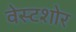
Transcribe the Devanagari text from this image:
वेस्टशोर